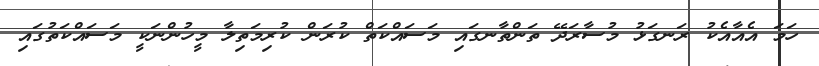
ހަމަ އެއާއެކު ރަނގަޅު މުސާރަދޭ ތަންތާނގައި މަސައްކަތް ކުރަން ކުރިމަތިލާ މީހުންނަކީ މަސައްކަތުގައި